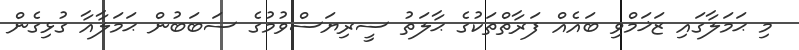
މި ޙަމަލާގައި ޒަޚަމްވި ބައެއް ފަރާތްތަކުގެ ޙާލަތު ސީރިޔަސްވުމުގެ ސަބަބުން ޙަމަލާއާ ގުޅިގެން